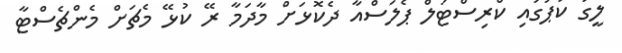
ލީގު ކަޕުގައި ކްރިސްޓަލް ޕެލަސްއާ ދެކޮޅަށް މާދަމާ ރޭ ކުޅޭ މެޗަށް މެންޗެސްޓާ